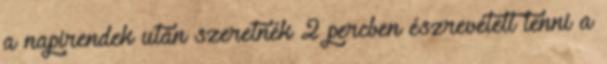
a napirendek után szeretnék 2 percben észrevételt tenni a